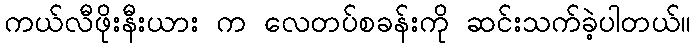
ကယ်လီဖိုးနီးယား က လေတပ်စခန်းကို ဆင်းသက်ခဲ့ပါတယ်။